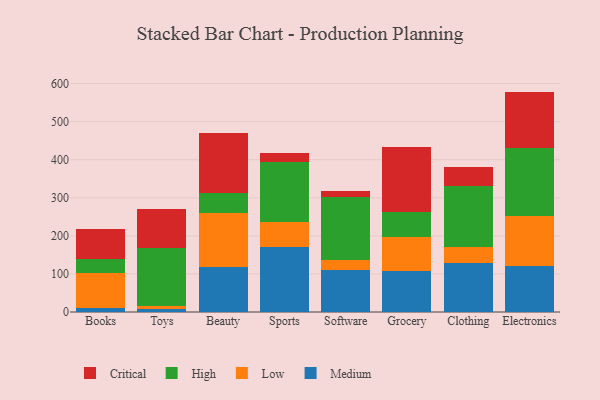
{"axis": {"x": "Category", "y": "Page Views"}, "legend": ["Critical", "High", "Low", "Medium"], "data": [{"x": "Books", "y": 10.0, "type": "Medium"}, {"x": "Books", "y": 93.7, "type": "Low"}, {"x": "Books", "y": 35.0, "type": "High"}, {"x": "Books", "y": 80.2, "type": "Critical"}, {"x": "Toys", "y": 8.5, "type": "Medium"}, {"x": "Toys", "y": 6.5, "type": "Low"}, {"x": "Toys", "y": 154.0, "type": "High"}, {"x": "Toys", "y": 102.4, "type": "Critical"}, {"x": "Beauty", "y": 117.6, "type": "Medium"}, {"x": "Beauty", "y": 143.1, "type": "Low"}, {"x": "Beauty", "y": 51.7, "type": "High"}, {"x": "Beauty", "y": 158.2, "type": "Critical"}, {"x": "Sports", "y": 170.3, "type": "Medium"}, {"x": "Sports", "y": 66.2, "type": "Low"}, {"x": "Sports", "y": 157.8, "type": "High"}, {"x": "Sports", "y": 22.2, "type": "Critical"}, {"x": "Software", "y": 110.5, "type": "Medium"}, {"x": "Software", "y": 27.4, "type": "Low"}, {"x": "Software", "y": 164.6, "type": "High"}, {"x": "Software", "y": 16.4, "type": "Critical"}, {"x": "Grocery", "y": 108.0, "type": "Medium"}, {"x": "Grocery", "y": 87.8, "type": "Low"}, {"x": "Grocery", "y": 66.6, "type": "High"}, {"x": "Grocery", "y": 170.6, "type": "Critical"}, {"x": "Clothing", "y": 129.4, "type": "Medium"}, {"x": "Clothing", "y": 41.3, "type": "Low"}, {"x": "Clothing", "y": 159.6, "type": "High"}, {"x": "Clothing", "y": 51.4, "type": "Critical"}, {"x": "Electronics", "y": 121.2, "type": "Medium"}, {"x": "Electronics", "y": 129.9, "type": "Low"}, {"x": "Electronics", "y": 178.9, "type": "High"}, {"x": "Electronics", "y": 148.9, "type": "Critical"}]}